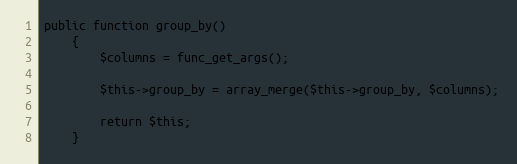
Language: PHP
public function group_by()
	{
		$columns = func_get_args();

		$this->group_by = array_merge($this->group_by, $columns);

		return $this;
	}